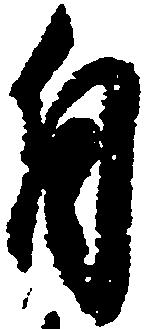
自